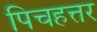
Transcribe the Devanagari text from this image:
पिचहत्तर